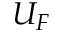
U _ { F }